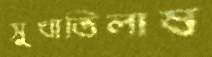
সুখাভিলাষ